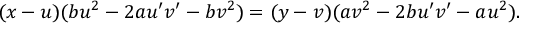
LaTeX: ( x - u ) ( b u ^ { 2 } - 2 a u ^ { \prime } v ^ { \prime } - b v ^ { 2 } ) = ( y - v ) ( a v ^ { 2 } - 2 b u ^ { \prime } v ^ { \prime } - a u ^ { 2 } ) .